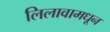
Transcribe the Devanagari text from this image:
लिलावामधून